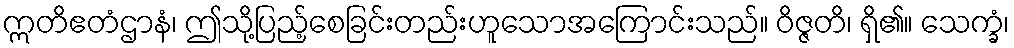
ဣတိဧတံဌာနံ၊ ဤသို့ပြည့်စေခြင်းတည်းဟူသောအကြောင်းသည်။ ဝိဇ္ဇတိ၊ ရှိ၏။ သေက္ခံ၊